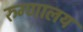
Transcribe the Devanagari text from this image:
रुग्‍णालय